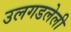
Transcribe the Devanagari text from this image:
उलगडलेली